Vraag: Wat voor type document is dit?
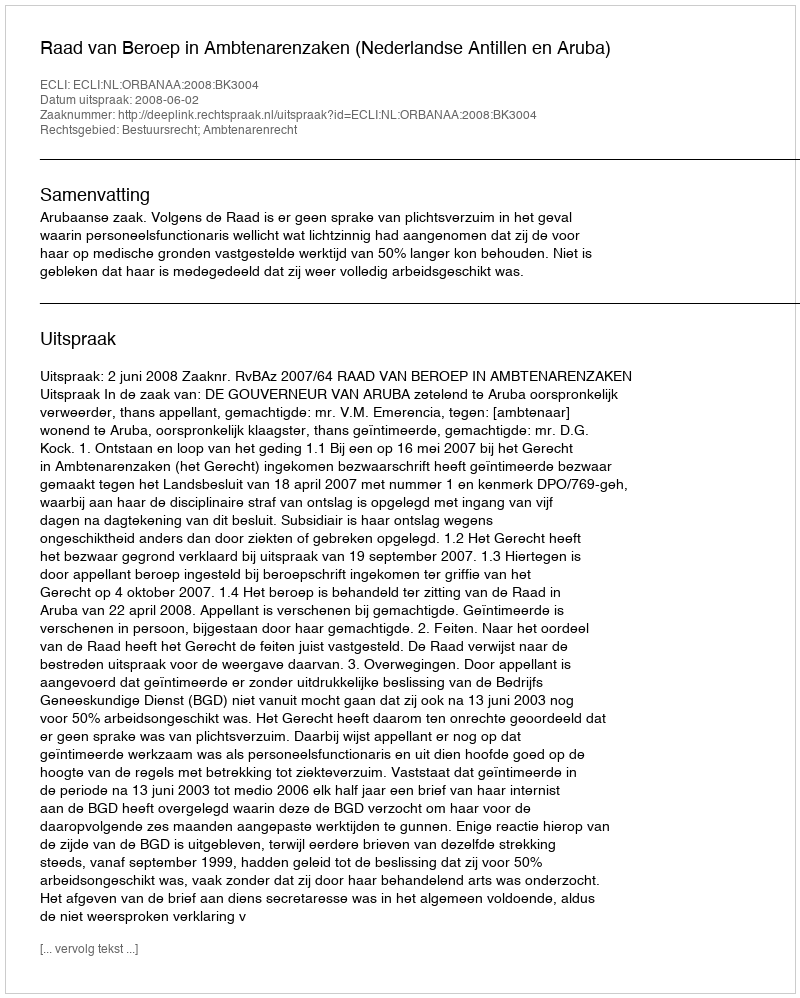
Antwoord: Uitspraak